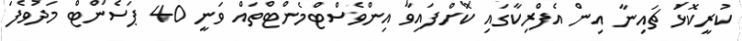
ކުރީކޮޅު ޗައިނާ އިން އެފްރިކާގައި ކޮށްފައިވާ އިންވެސްޓްމެންޓްތައް ވަނީ 40 ޕަސެންޓް މަދުވެފަ